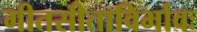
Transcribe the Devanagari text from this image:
गीतसीताविर्भावः